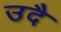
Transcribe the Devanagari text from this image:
उदै